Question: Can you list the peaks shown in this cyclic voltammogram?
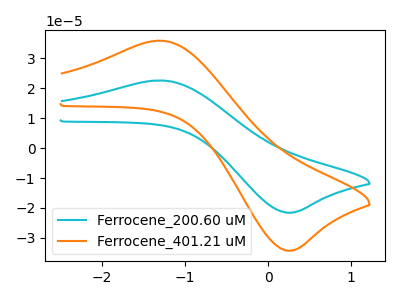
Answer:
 <answer>The cyan curve "Ferrocene_200.60 uM" has an anodic peak at (-1.30V, 22.60uA) and a cathodic peak at (0.30V, -21.60uA). The orange curve "Ferrocene_401.21 uM" has an anodic peak at (-1.30V, 35.85uA) and a cathodic peak at (0.30V, -34.25uA).</answer>
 <eval></eval>